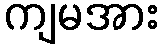
ကျမအား